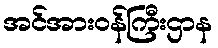
အင်အားဝန်ကြီးဌာန